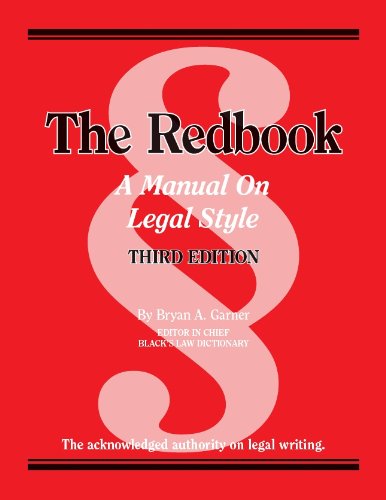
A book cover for The Redbook: A Manual on Legal Style (American Casebook Series); Bryan Garner; Law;